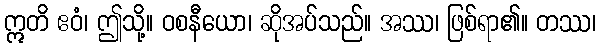
ဣတိ ဧဝံ၊ ဤသို့။ ဝစနီယော၊ ဆိုအပ်သည်။ အဿ၊ ဖြစ်ရာ၏။ တဿ၊